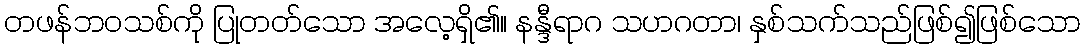
တဖန်ဘဝသစ်ကို ပြုတတ်သော အလေ့ရှိ၏။ နန္ဒီရာဂ သဟဂတာ၊ နှစ်သက်သည်ဖြစ်၍ဖြစ်သော